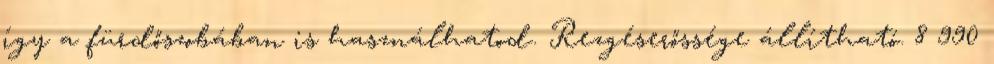
így a fürdőszobában is használhatod. Rezgéserőssége állítható. 8 990